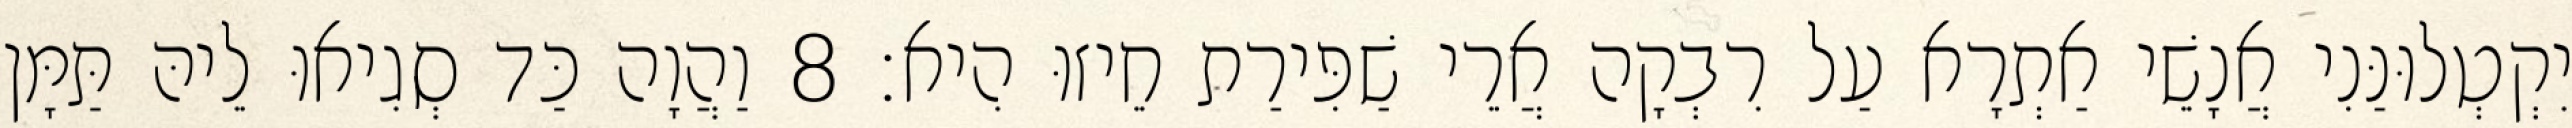
יִקְטְלוּנַּנִי אֲנָשֵׁי אַתְרָא עַל רִבְקָה אֲרֵי שַׁפִּירַת חֵיזוּ הִיא׃ 8 וַהֲוָה כַּד סְגִיאוּ לֵיהּ תַּמָּן